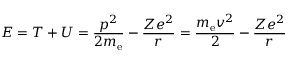
E = T + U = { \frac { p ^ { 2 } } { 2 m _ { \mathrm { { e } } } } } - { \frac { Z e ^ { 2 } } { r } } = { \frac { m _ { \mathrm { { e } } } v ^ { 2 } } { 2 } } - { \frac { Z e ^ { 2 } } { r } }